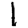
Digit: 1